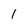
Character: 1